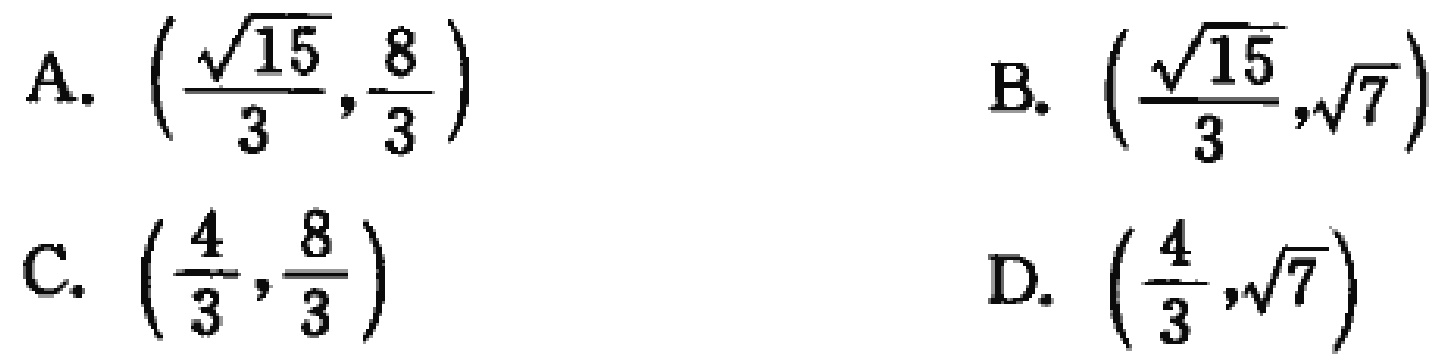
A. $\left(\frac{\sqrt{15}}{3},\frac{8}{3}\right)$
B. $\left(\frac{\sqrt{15}}{3},\sqrt{7}\right)$
C. $\left(\frac{4}{3},\frac{8}{3}\right)$
D. $\left(\frac{4}{3},\sqrt{7}\right)$